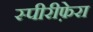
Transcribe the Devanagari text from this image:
स्पीरीफ़ेरा